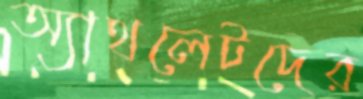
অ্যাথলেটদের